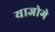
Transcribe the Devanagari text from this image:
याजोगे